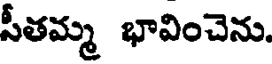
సీతమ్మ భావించెను.